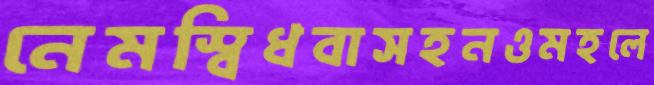
নেমস্বিধবাসহনওমহলে